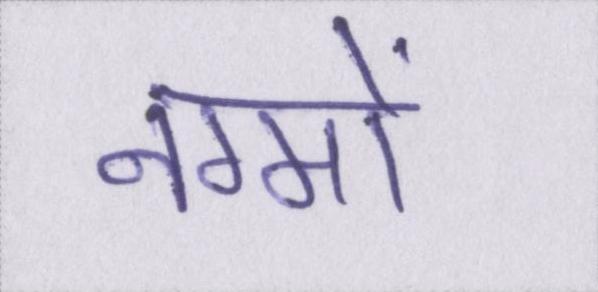
नग्मों